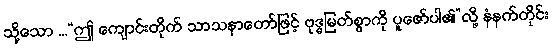
သို့သော ...“ဤ ကျောင်းတိုက် သာသနာတော်ဖြင့် ဗုဒ္ဓမြတ်စွာကို ပူဇော်ပါ၏”လို့ နံနက်တိုင်း